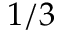
1 / 3